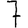
Digit: 7